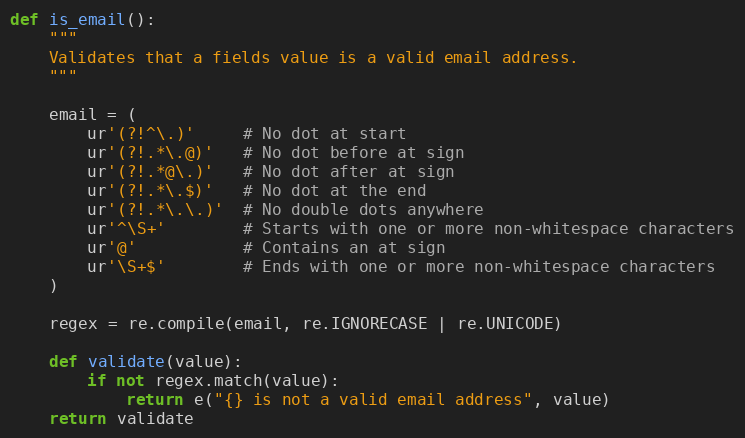
Language: Python
def is_email():
    """
    Validates that a fields value is a valid email address.
    """

    email = (
        ur'(?!^\.)'     # No dot at start
        ur'(?!.*\.@)'   # No dot before at sign
        ur'(?!.*@\.)'   # No dot after at sign
        ur'(?!.*\.$)'   # No dot at the end
        ur'(?!.*\.\.)'  # No double dots anywhere
        ur'^\S+'        # Starts with one or more non-whitespace characters
        ur'@'           # Contains an at sign
        ur'\S+$'        # Ends with one or more non-whitespace characters
    )

    regex = re.compile(email, re.IGNORECASE | re.UNICODE)

    def validate(value):
        if not regex.match(value):
            return e("{} is not a valid email address", value)
    return validate